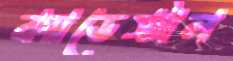
ক্যাডেস্টাল